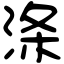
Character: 涤